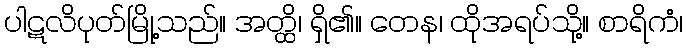
ပါဋလိပုတ်မြို့သည်။ အတ္ထိ၊ ရှိ၏။ တေန၊ ထိုအရပ်သို့။ စာရိကံ၊